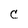
Character: C